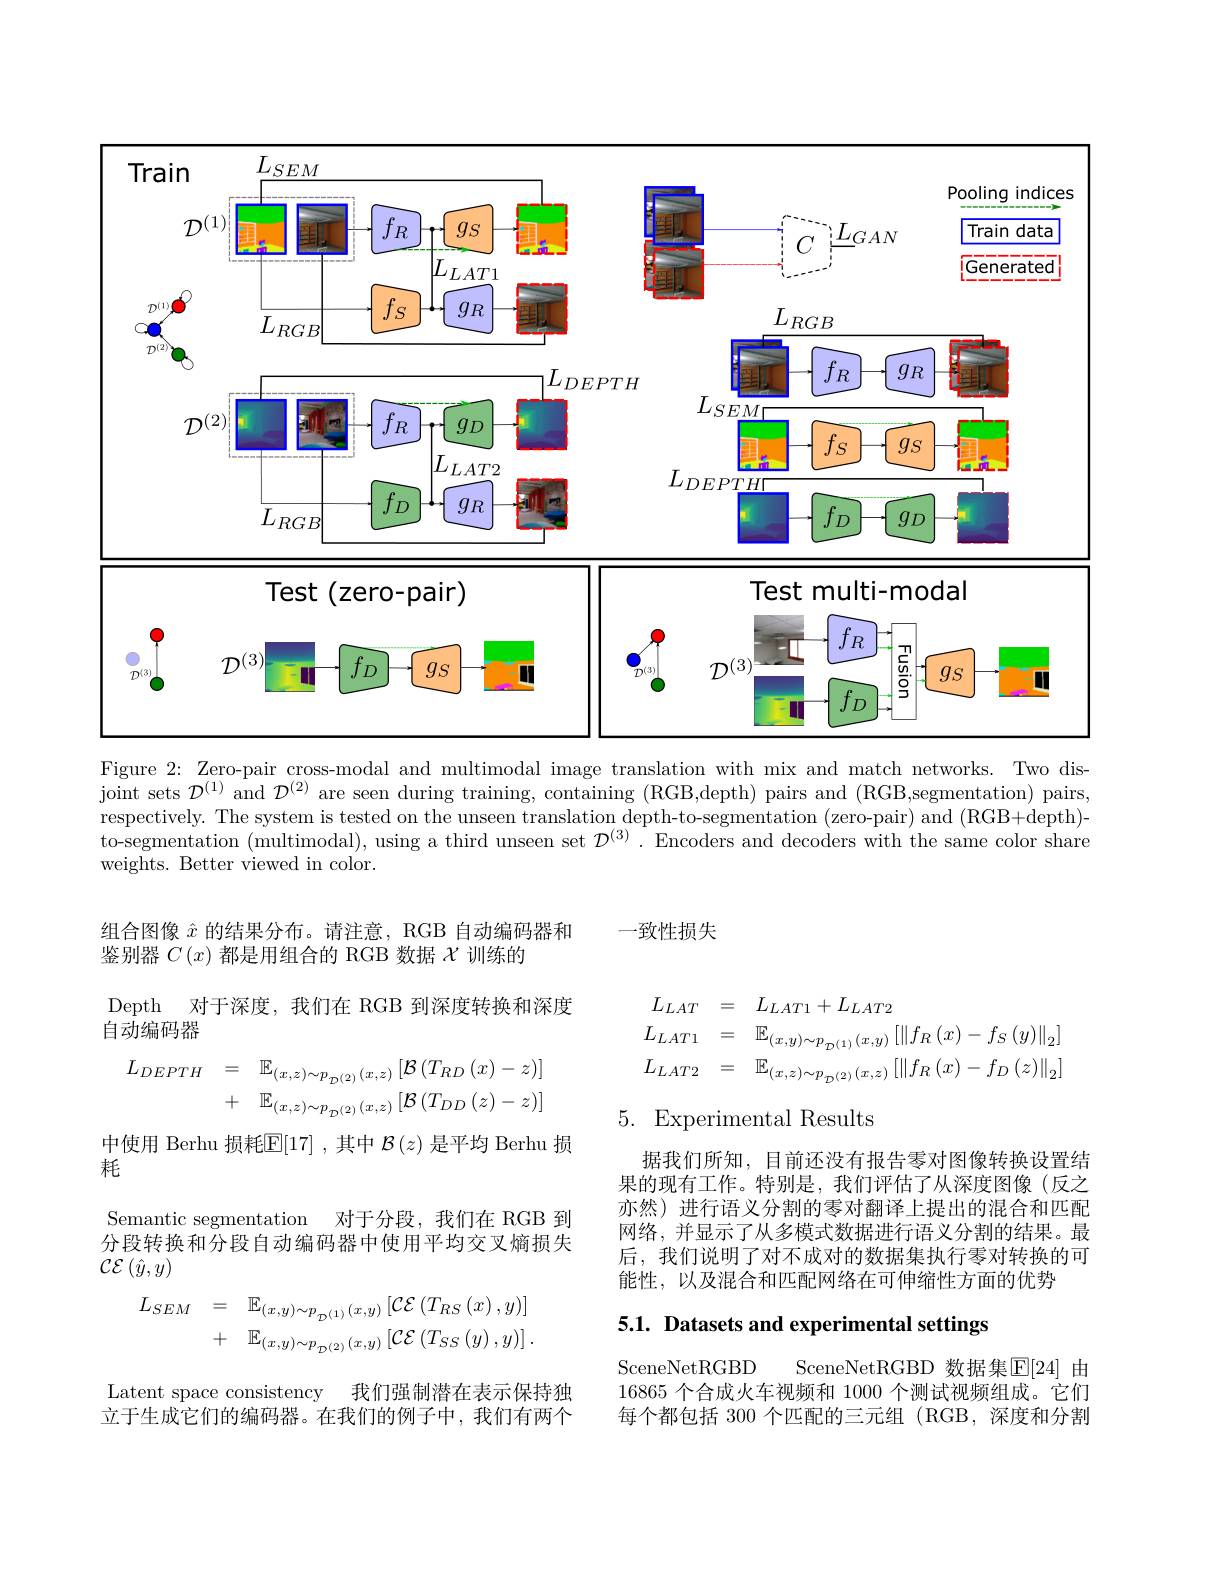
<FigureHere>
Figure 2: Zero-pair cross-modal and multimodal image translation with mix and match networks. Two dis-

joint sets $\mathcal{D}^(1)$ and $\mathcal{D}^(2)$ are seen during training, containing (RGB,depth) pairs and (RGB,segmentation) pairs, respectively. The system is tested on the unseen translation depth-to-segmentation (zero-pair) and (RGB+depth)- to-segmentation (multimodal), using a third unseen set $\mathcal{D}^{(3)}.$ Encoders and decoders with the same color share weights. Better viewed in color.

一致性损失

组合图像$\hat{x}$的结果分布。请注意，RGB 自动编码器和
鉴别器$C\left(x\right)$都是用组合的 RGB 数据$\chi$训练的
Depth 对于深度，我们在 RGB 到深度转换和深度
自动编码器
$$\begin{array}{rcl}L_{DEPTH}&=&\mathbb{E}_{(x,z)\sim p_{\mathcal{D}(2)}(x,z)}\left[\mathcal{B}\left(T_{RD}\left(x\right)-z\right)\right]\\&+&\mathbb{E}_{(x,z)\sim p_{\mathcal{D}(2)}(x,z)}\left[\mathcal{B}\left(T_{DD}\left(z\right)-z\right)\right]\end{array}$$
$$\begin{aligned}&L_{LAT}&&=\quad L_{LAT1}+L_{LAT2}\\&L_{LAT1}&&=\quad\mathbb{E}_{(x,y)\sim p_{\mathcal{D}(1)}(x,y)}\left[\left\|f_{R}\left(x\right)-f_{S}\left(y\right)\right\|_{2}\right]\\&L_{LAT2}&&=\quad\mathbb{E}_{(x,z)\sim p_{\mathcal{D}(2)}(x,z)}\left[\left\|f_{R}\left(x\right)-f_{D}\left(z\right)\right\|_{2}\right]\end{aligned}$$
## 5. Experimental Results

中使用 Berhu 损耗$\mathbb{E}[17]$ ,其中 $\mathcal{B}(z)$ 是平均 Berhu 损

耗

据我们所知，目前还没有报告零对图像转换设置结果的现有工作。特别是，我们评估了从深度图像(反之亦然)进行语义分割的零对翻译上提出的混合和匹配网络，并显示了从多模式数据进行语义分割的结果。最后，我们说明了对不成对的数据集执行零对转换的可能性，以及混合和匹配网络在可伸缩性方面的优势

Semantic segmentation 对于分段，我们在 RGB 到分段转换和分段自动编码器中使用平均交叉熵损失$\mathcal{CE}\left(\hat{y},y\right)$
$$\begin{aligned}L_{SEM}&=\quad\mathbb{E}_{(x,y)\sim p_{\mathcal{D}^{(1)}}(x,y)}\left[\mathcal{CE}\left(T_{RS}\left(x\right),y\right)\right]\\&+\quad\mathbb{E}_{(x,y)\sim p_{\mathcal{D}^{(2)}}(x,y)}\left[\mathcal{CE}\left(T_{SS}\left(y\right),y\right)\right].\end{aligned}$$
5.1. Datasets and experimental settings

SceneNetRGBD SceneNetRGBD 数据集$\overline{\mathrm{E}}[24]$ 由16865 个合成火车视频和 1000 个测试视频组成。它们每个都包括 300 个匹配的三元组 (RGB,深度和分割

Latent space consistency 我们强制潜在表示保持独立于生成它们的编码器。在我们的例子中，我们有两个